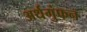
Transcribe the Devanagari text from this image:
अर्थगुंफन